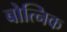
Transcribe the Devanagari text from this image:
बोत्निक